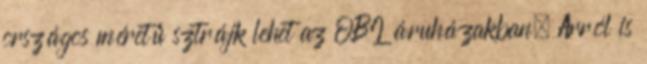
országos méretű sztrájk lehet az OBI áruházakban. Arról is